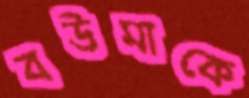
বউমাকে